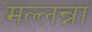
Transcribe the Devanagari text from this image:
मल्लन्ना